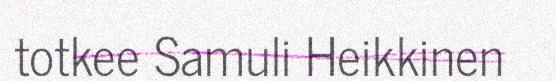
totkee Samuli Heikkinen